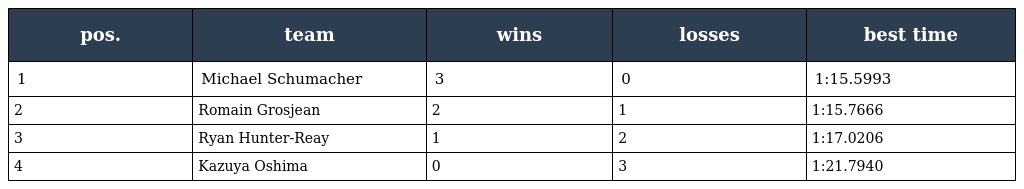
| pos. | team | wins | losses | best time |
 | --- | --- | --- | --- | --- |
 | 1 | Michael Schumacher | 3 | 0 | 1:15.5993 |
 | 2 | Romain Grosjean | 2 | 1 | 1:15.7666 |
 | 3 | Ryan Hunter-Reay | 1 | 2 | 1:17.0206 |
 | 4 | Kazuya Oshima | 0 | 3 | 1:21.7940 |